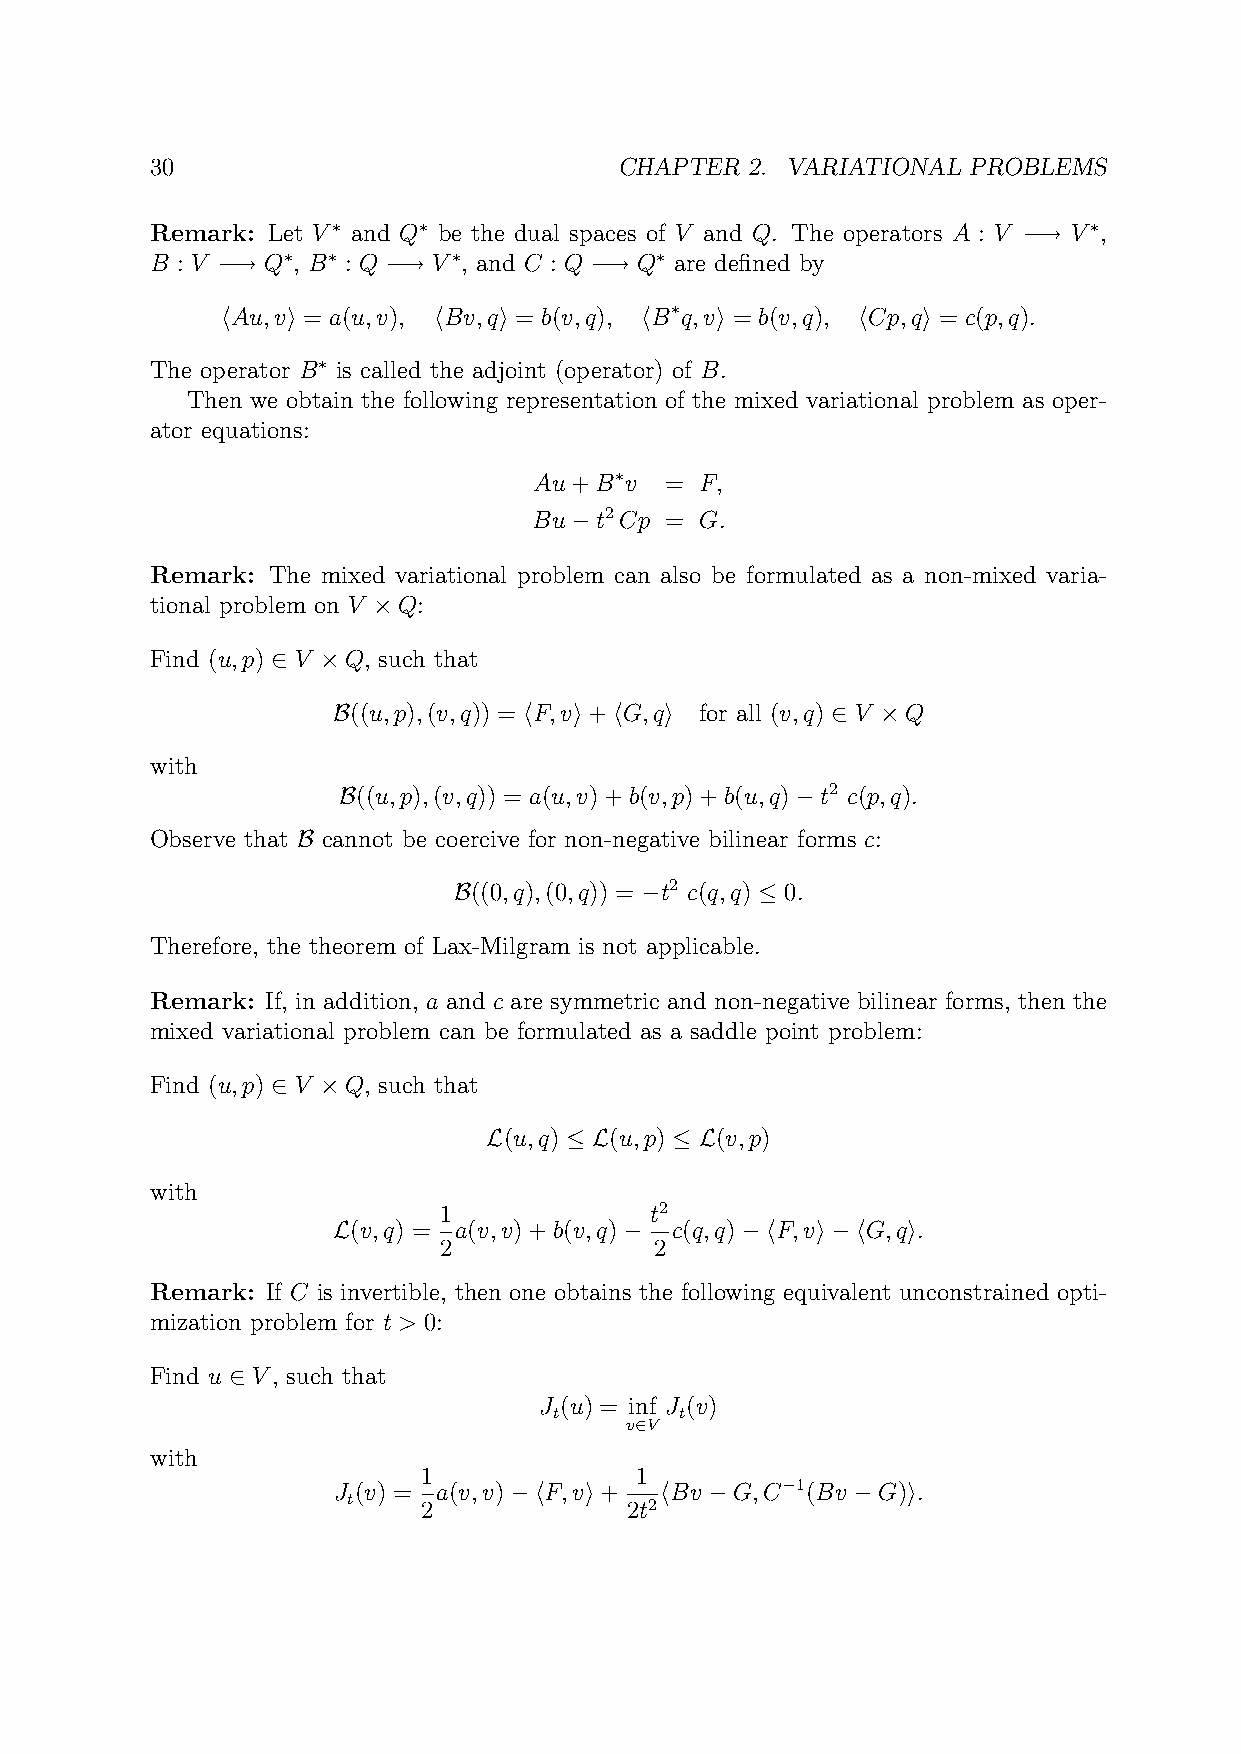
30                             CHAPTER  2. VARIATIONAL PROBLEMS
 Remark: Let V∗ and Q∗ be the dual spaces of V and Q. The operators A : V −→ V∗,
 B : V −→ Q∗, B∗ : Q −→ V∗, and C : Q −→ Q∗ are defined by
 hAu,vi = a(u,v), hBv,qi = b(v,q), hB∗q,vi = b(v,q), hCp,qi = c(p,q).
 The operator B∗ is called the adjoint (operator) of B.
 Then we obtain the following representation of the mixed variational problem as oper-
 ator equations:
 Au+B∗v   = F,
 Bu−t2Cp  = G.
 Remark: The mixed variational problem can also be formulated as a non-mixed varia-
 tional problem on V ×Q:
 Find (u,p) ∈ V ×Q, such that
 B((u,p),(v,q)) = hF,vi+hG,qi for all (v,q) ∈ V ×Q
 with
 B((u,p),(v,q)) = a(u,v)+b(v,p)+b(u,q)−t2 c(p,q).
 Observe that B cannot be coercive for non-negative bilinear forms c:
 B((0,q),(0,q)) = −t2 c(q,q) ≤ 0.
 Therefore, the theorem of Lax-Milgram is not applicable.
 Remark: If, in addition, a and c are symmetric and non-negative bilinear forms, then the
 mixed variational problem can be formulated as a saddle point problem:
 Find (u,p) ∈ V ×Q, such that
 L(u,q) ≤ L(u,p) ≤ L(v,p)
 with
 1             t2
 L(v,q) = a(v,v)+b(v,q)− c(q,q)−hF,vi−hG,qi.
 2             2
 Remark: If C is invertible, then one obtains the following equivalent unconstrained opti-
 mization problem for t > 0:
 Find u ∈ V, such that
 J (u) = inf J (v)
 t       t
 v∈V
 with
 1             1
 J (v) = a(v,v)−hF,vi+ hBv −G,C−1(Bv −G)i.
 t    2            2t2